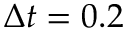
\Delta t = 0 . 2